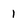
Character: 1